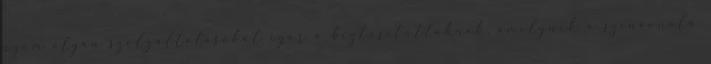
üzem olyan szolgáltatásokat ígér a biztosítottaknak, amelynek a színvonala